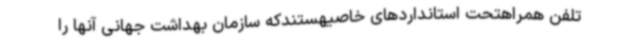
تلفن همراهتحت استانداردهای خاصیهستندکه سازمان بهداشت جهانی آنها را